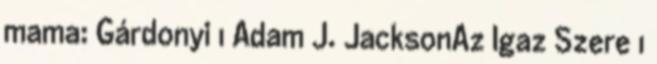
mama: Gárdonyi 1 Adam J. JacksonAz Igaz Szere 1